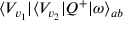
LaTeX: \langle V _ { v _ { 1 } } | \langle V _ { v _ { 2 } } | Q ^ { + } | \omega \rangle _ { a b }